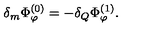
\delta _ { m } \Phi _ { \varphi } ^ { ( 0 ) } = - \delta _ { Q } \Phi _ { \varphi } ^ { ( 1 ) } .